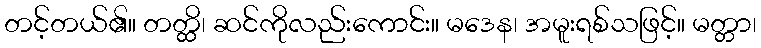
တင့်တယ်၏။ တတ္ထိ၊ ဆင်ကိုလည်းကောင်း။ မဒေန၊ အမူးရစ်သဖြင့်။ မတ္တာ၊